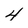
Character: 4